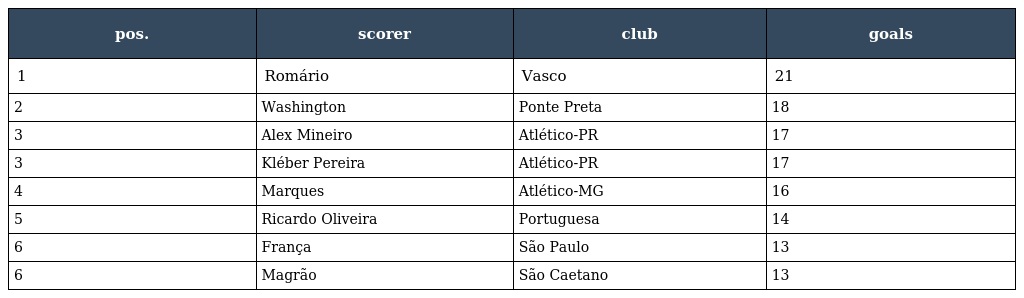
| pos. | scorer | club | goals |
 | --- | --- | --- | --- |
 | 1 | Romário | Vasco | 21 |
 | 2 | Washington | Ponte Preta | 18 |
 | 3 | Alex Mineiro | Atlético-PR | 17 |
 | 3 | Kléber Pereira | Atlético-PR | 17 |
 | 4 | Marques | Atlético-MG | 16 |
 | 5 | Ricardo Oliveira | Portuguesa | 14 |
 | 6 | França | São Paulo | 13 |
 | 6 | Magrão | São Caetano | 13 |